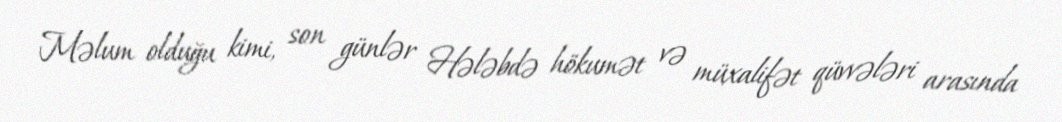
Məlum olduğu kimi, son günlər Hələbdə hökumət və müxalifət qüvvələri arasında